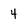
Character: 4